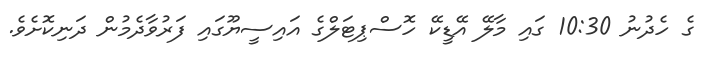
ގެ ހެދުނު 10:30 ގައި މާލޭ އޭޑީކޭ ހޮސްޕިޓަލްގެ އައިސީޔޫގައި ފަރުވާދެމުން ދަނިކޮށެވެ.